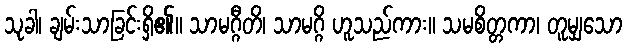
သုခါ၊ ချမ်းသာခြင်းရှိ၏။ သာမဂ္ဂီတိ၊ သာမဂ္ဂိ ဟူသည်ကား။ သမစိတ္တကာ၊ တူမျှသော